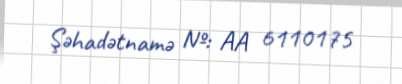
Şəhadətnamə №: AA 6110175